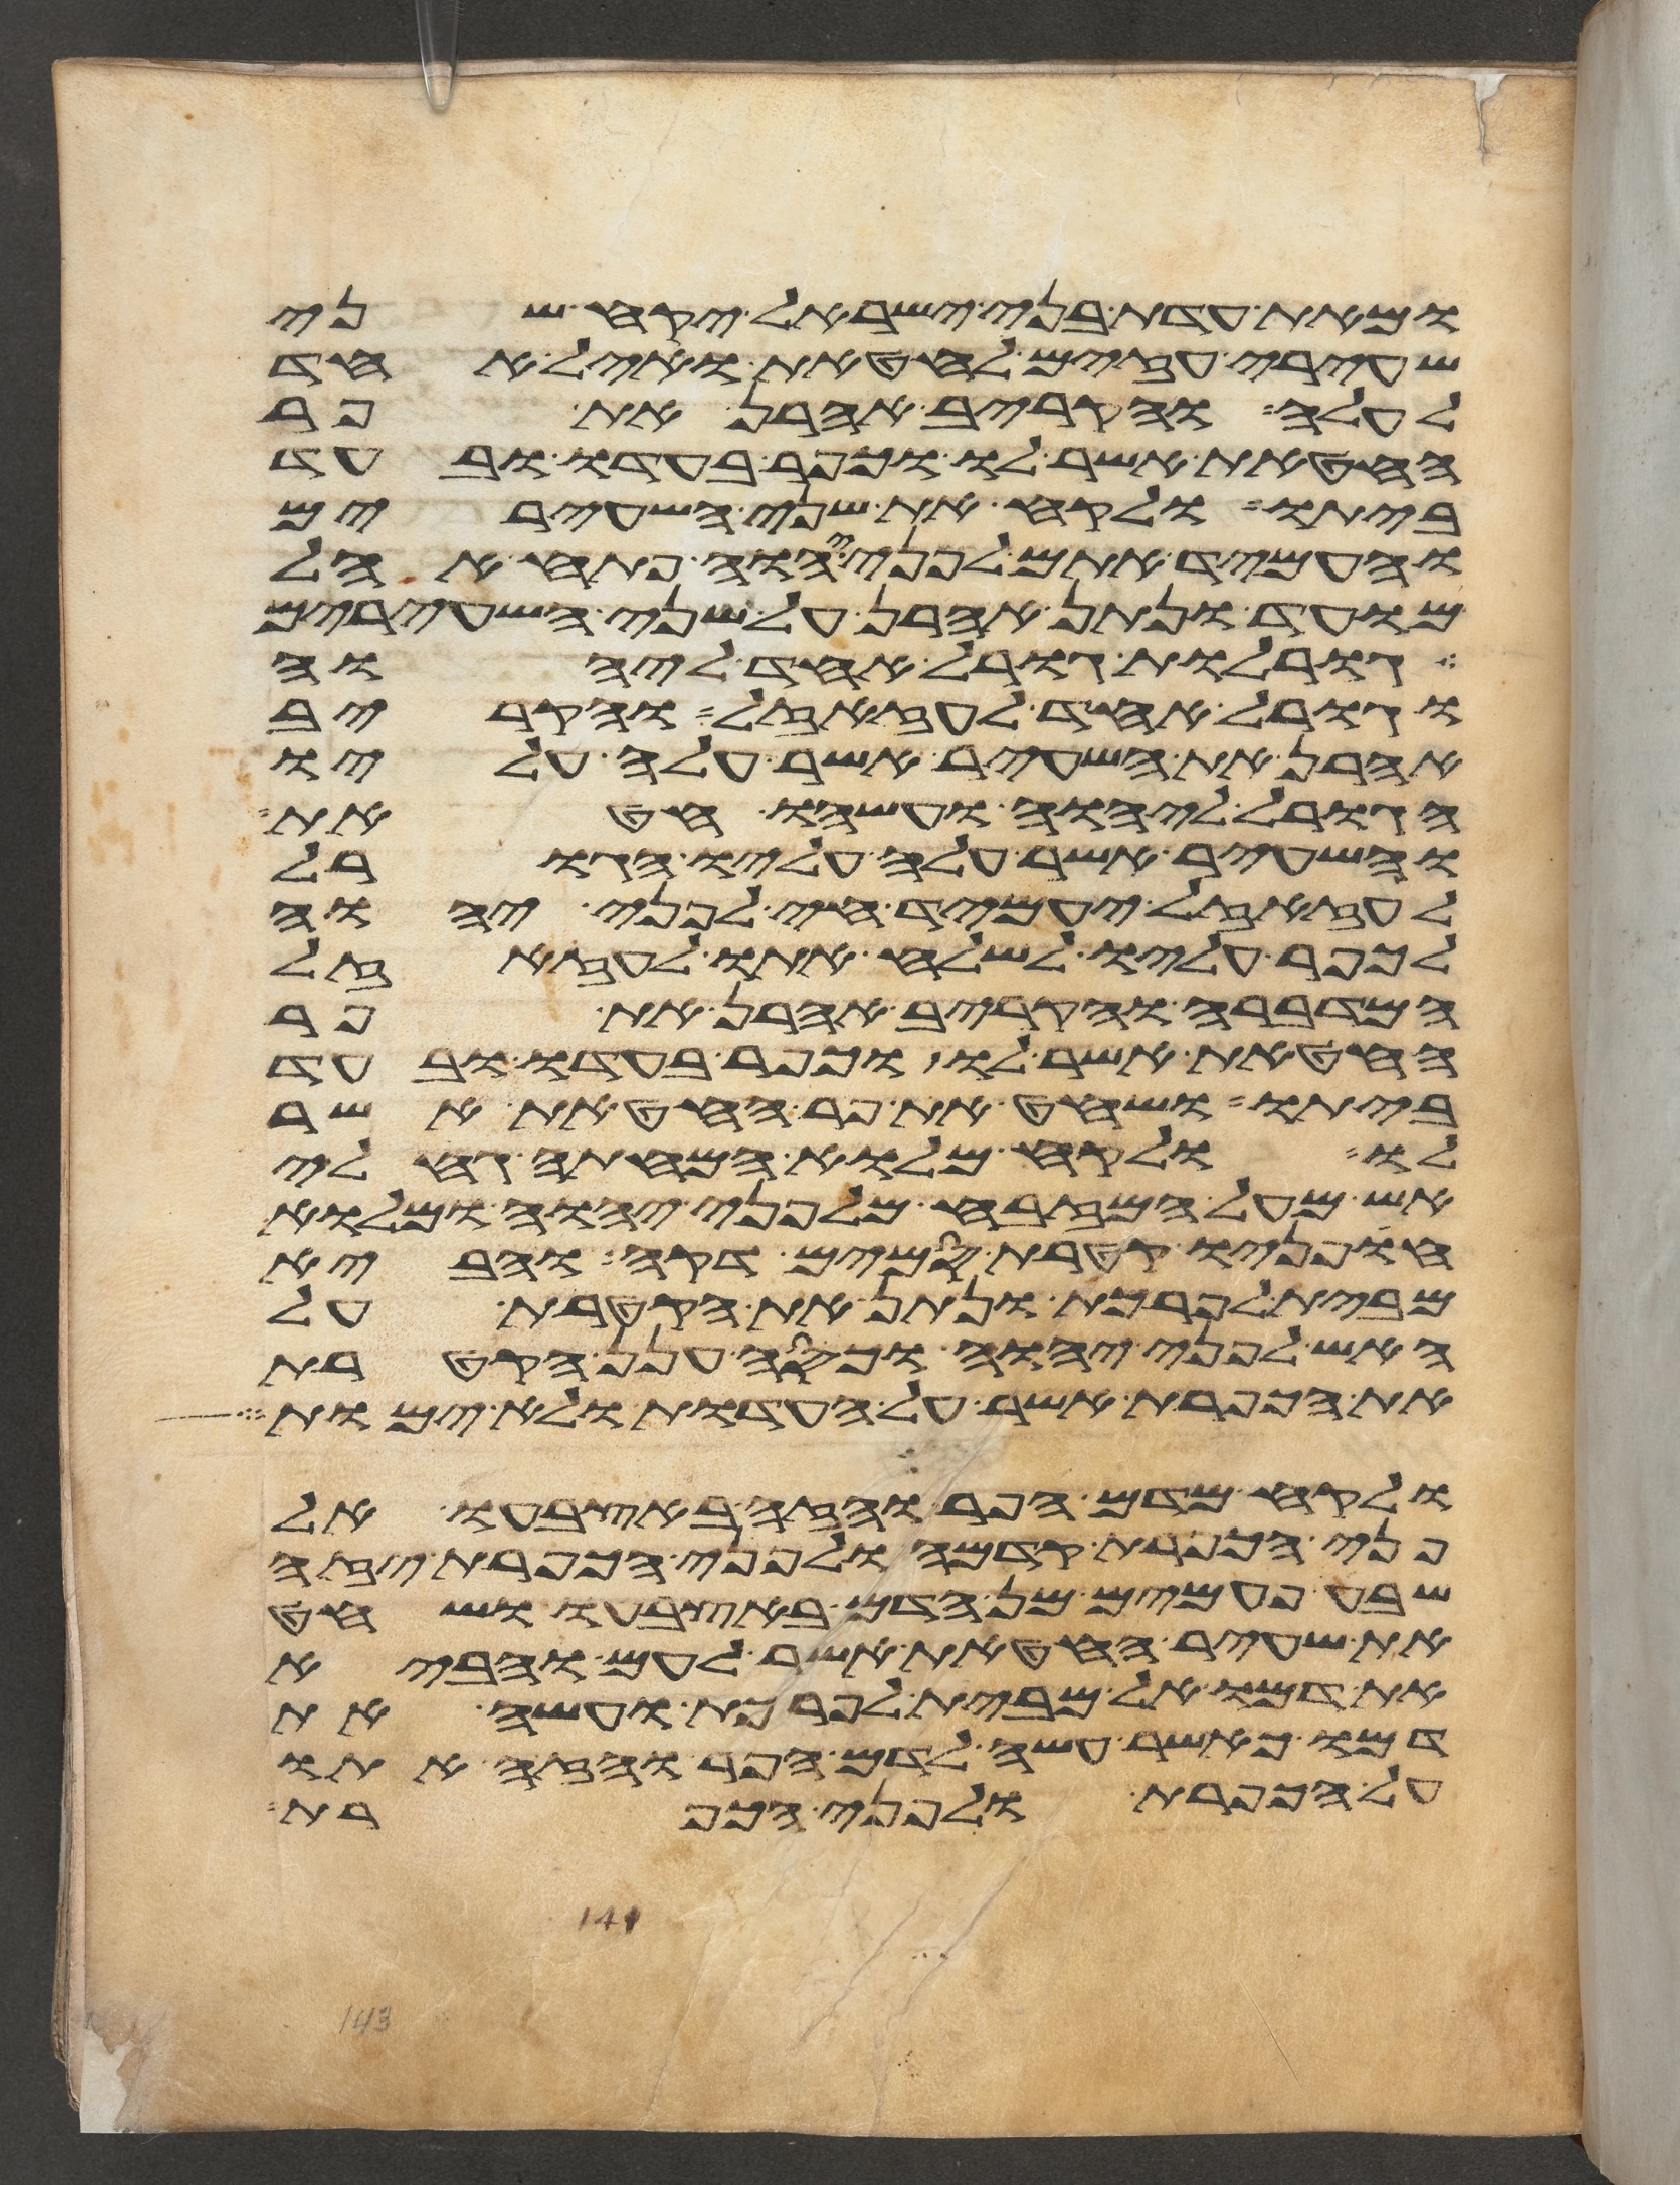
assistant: ומאת עדת בני ישראל יקח שני
שעירי עזים לחטאת ואיל אחד
לעלה והקריב אהרן את פר
החטאת אשר לו וכפר בעדו ובעד
ביתו ולקח את שני השעירים
והעמיד אתם לפני יהוה פתח אהל
מועד ונתן אהרן על שני השעירים
גורלות גורל אחד ליהוה
וגורל אחד לעזזאל והקריב
אהרן את השעיר אשר עלה עליו
הגורל ליהוה ועשהו חטאת
והשעיר אשר עלה עליו הגורל
לעזזאל יעמיד חי לפני יהוה
לכפר עליו לשלח אתו לעזזאל
המדברה והקריב אהרן את פר
החטאת אשר לו וכפר בעדו ובעד
ביתו ושחט את פר החטאת אשר
לו ולקח מלוא המחתה גחלי
אש מעל המזבח מלפני יהוה ומלוא
חפניו קטרת סמים דקה והביא
מבית לפרכת ונתן את הקטרת על
האש לפני יהוה וכסה ענן הקטרת
את הכפרת אשר על העדות ולא ימות
ולקח מדם הפר והזה באצבעו אל
פני הכפרת קדמה ולפני הכפרת יזה
שבע פעמים מן הדם באצבעו ושחט
את שעיר החטאת אשר לעם והביא
את דמו אל מבית לפרכת ועשה את
דמו כאשר עשה לדם הפר והזה אתו
על הכפרת ולפני הכפרת